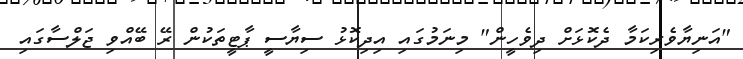
"އަނިޔާވެރިކަމާ ދެކޮޅަށް ދިވެހީން" މިނަމުގައި އިދިކޮޅު ސިޔާސީ ޕާޓީތަކުން ރޭ ބޭއްވި ޖަލްސާގައި